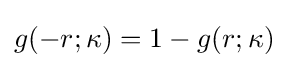
g(-r;\kappa )=1-g(r;\kappa )